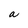
Character: a